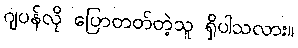
ဂျပန်လို ပြောတတ်တဲ့သူ ရှိပါသလား။